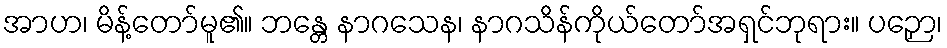
အာဟ၊ မိန့်တော်မူ၏။ ဘန္တေ နာဂသေန၊ နာဂသိန်ကိုယ်တော်အရှင်ဘုရား။ ပဉှော၊